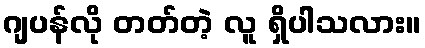
ဂျပန်လို တတ်တဲ့ လူ ရှိပါသလား။